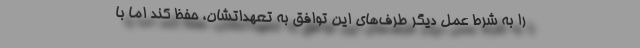
را به شرط عمل دیگر طرف‌های این توافق به تعهداتشان، حفظ کند اما با